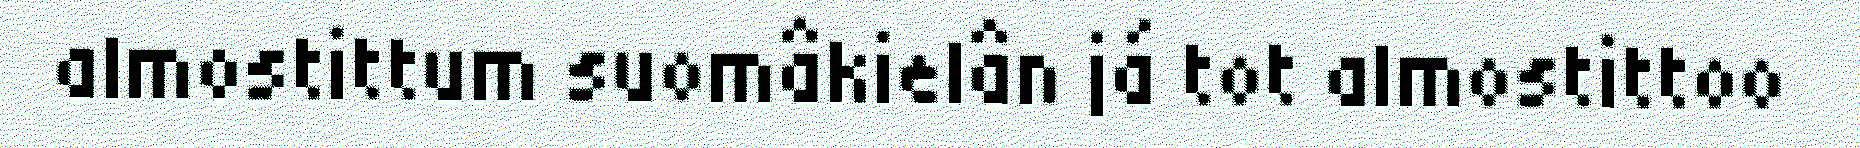
almostittum suomâkielân já tot almostittoo